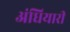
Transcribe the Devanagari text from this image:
अंधियारी